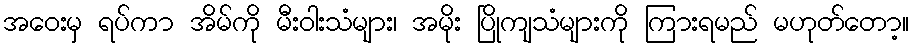
အဝေးမှ ရပ်ကာ အိမ်ကို မီးဝါးသံများ၊ အမိုး ပြိုကျသံများကို ကြားရမည် မဟုတ်တော့။